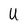
Character: U